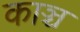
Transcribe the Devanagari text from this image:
काञ्च